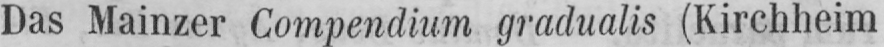
Das Mainzer Compendium gradualis (Kirchheim